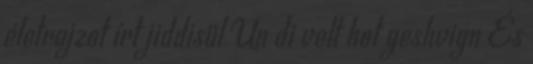
életrajzot írt jiddisül Un di velt hot geshvign És